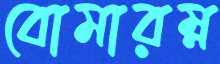
বোমারম্ন